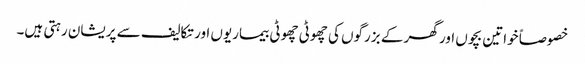
خصوصاً خواتین بچوں اور گھر کے بزرگوں کی چھوٹی چھوٹی بیماریوں اور تکالیف سے پریشان رہتی ہیں۔